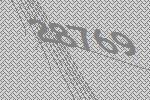
28769